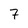
Character: 7